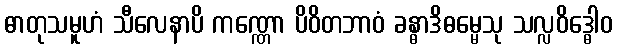
ဓာတုသမူဟံ သီလေနာပိ ကဏ္ဏော ပိဝိတဘာဝံ ခန္ဓာဒိဓမ္မေသု သလ္လဝိဒ္ဓေါဝ